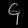
Digit: ၄